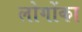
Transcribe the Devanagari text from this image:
लोगोंका